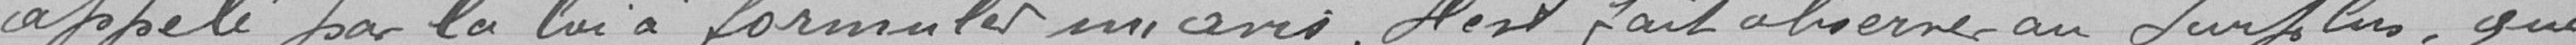
appelé par la loi de formuler un avis. Il est fait observer au surplus que